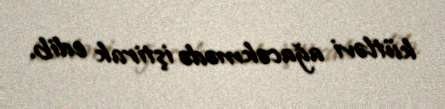
kütləvi ağacəkmədə iştirak edib.